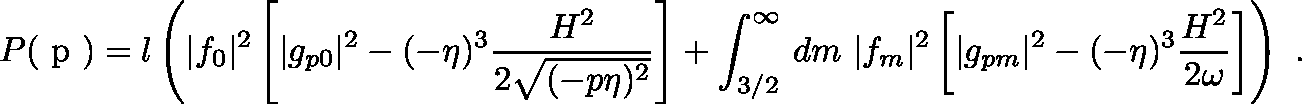
P ( \mathrm { \boldmath ~ p ~ } ) = l \left( | f _ { 0 } | ^ { 2 } \left[ | g _ { p 0 } | ^ { 2 } - ( - \eta ) ^ { 3 } \frac { H ^ { 2 } } { 2 \sqrt { ( - p \eta ) ^ { 2 } } } \right] + \int _ { 3 / 2 } ^ { \infty } \, d m \ | f _ { m } | ^ { 2 } \left[ | g _ { p m } | ^ { 2 } - ( - \eta ) ^ { 3 } \frac { H ^ { 2 } } { 2 \omega } \right] \right) \ .